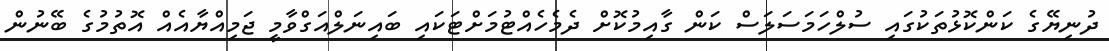
ދުނިޔޭގެ ކަންކޮޅުތަކުގައި ސުލްހަމަސަލަސް ކަން ގާއިމުކޮށް ދެމެހެއްޓުމަށްޓަކައި ބައިނަލްއަގްވާމީ ޖަމިއްޔާއެއް އޮތުމުގެ ބޭނުން